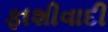
ફાશીવાદી